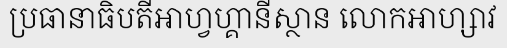
ប្រធានាធិបតីអាហ្វហ្គានីស្ថាន លោកអាហ្សាវ